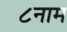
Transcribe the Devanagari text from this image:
८नाम